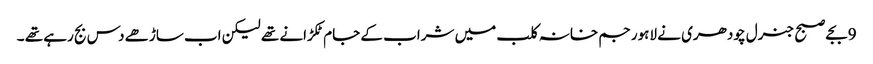
9بجے صبح جنرل چودھری نے لاہور جم خانہ کلب میں شراب کے جام ٹکڑانے تھے لیکن اب ساڑھے دس بج رہے تھے ۔